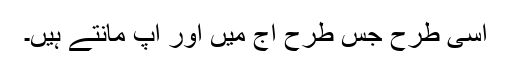
اسی طرح جس طرح آج میں اور آپ مانتے ہیں۔